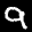
Label: 9